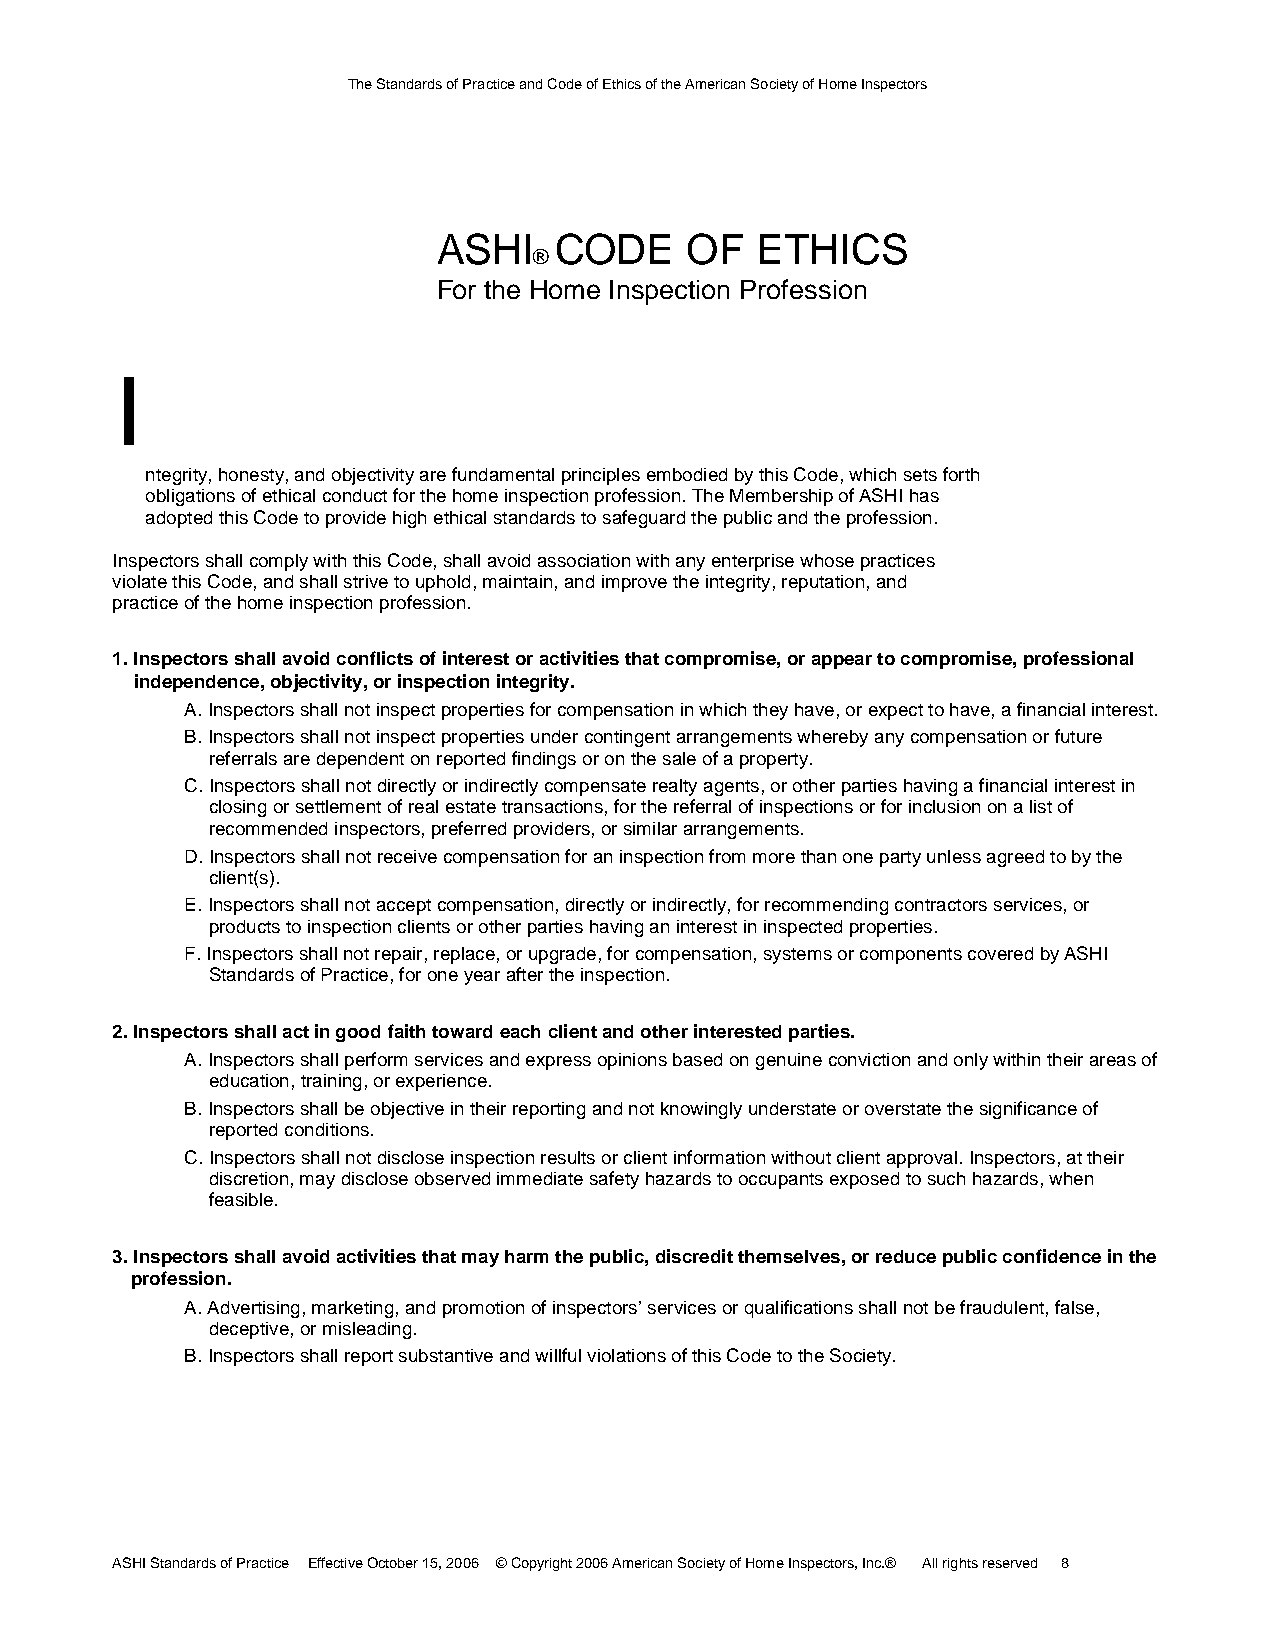
The Standards of Practice and Code of Ethics of the American Society of Home Inspectors
 ASHI    CODE    OF   ETHICS
 ®
 For the Home Inspection Profession
 I
 ntegrity, honesty, and objectivity are fundamental principles embodied by this Code, which sets forth
 obligations of ethical conduct for the home inspection profession. The Membership of ASHI has
 adopted this Code to provide high ethical standards to safeguard the public and the profession.
 Inspectors shall comply with this Code, shall avoid association with any enterprise whose practices
 violate this Code, and shall strive to uphold, maintain, and improve the integrity, reputation, and
 practice of the home inspection profession.
 1. Inspectors shall avoid conflicts of interest or activities that compromise, or appear to compromise, professional
 independence, objectivity, or inspection integrity.
 A. Inspectors shall not inspect properties for compensation in which they have, or expect to have, a financial interest.
 B. Inspectors shall not inspect properties under contingent arrangements whereby any compensation or future
 referrals are dependent on reported findings or on the sale of a property.
 C. Inspectors shall not directly or indirectly compensate realty agents, or other parties having a financial interest in
 closing or settlement of real estate transactions, for the referral of inspections or for inclusion on a list of
 recommended inspectors, preferred providers, or similar arrangements.
 D. Inspectors shall not receive compensation for an inspection from more than one party unless agreed to by the
 client(s).
 E. Inspectors shall not accept compensation, directly or indirectly, for recommending contractors services, or
 products to inspection clients or other parties having an interest in inspected properties.
 F. Inspectors shall not repair, replace, or upgrade, for compensation, systems or components covered by ASHI
 Standards of Practice, for one year after the inspection.
 2. Inspectors shall act in good faith toward each client and other interested parties.
 A. Inspectors shall perform services and express opinions based on genuine conviction and only within their areas of
 education, training, or experience.
 B. Inspectors shall be objective in their reporting and not knowingly understate or overstate the significance of
 reported conditions.
 C. Inspectors shall not disclose inspection results or client information without client approval. Inspectors, at their
 discretion, may disclose observed immediate safety hazards to occupants exposed to such hazards, when
 feasible.
 3. Inspectors shall avoid activities that may harm the public, discredit themselves, or reduce public confidence in the
 profession.
 A. Advertising, marketing, and promotion of inspectors’ services or qualifications shall not be fraudulent, false,
 deceptive, or misleading.
 B. Inspectors shall report substantive and willful violations of this Code to the Society.
 ASHI Standards of Practice Effective October 15, 2006 © Copyright 2006 American Society of Home Inspectors, Inc.® All rights reserved 8